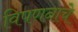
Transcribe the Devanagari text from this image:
विपणनाचे